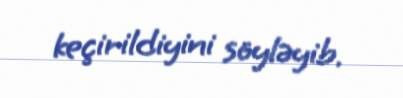
keçirildiyini söyləyib.